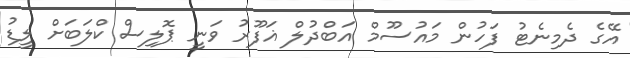
އޭގެ ދެމިނެޓު ފަހުން މައުސޫމް އަބްދުލް ޣަފޫރު ވަނީ ޕޮލިސް ކްލަބަށް ލީޑު